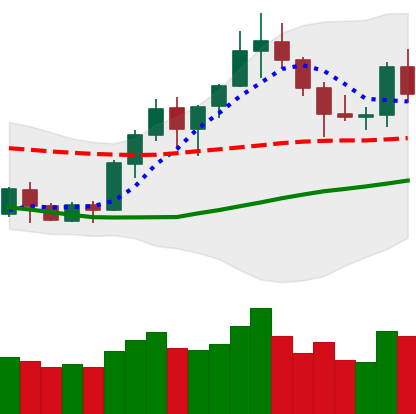
Ticker: BNB-USD
Chart end date: 2020-07-20
Forward return: 13.107%
Label: up_7plus